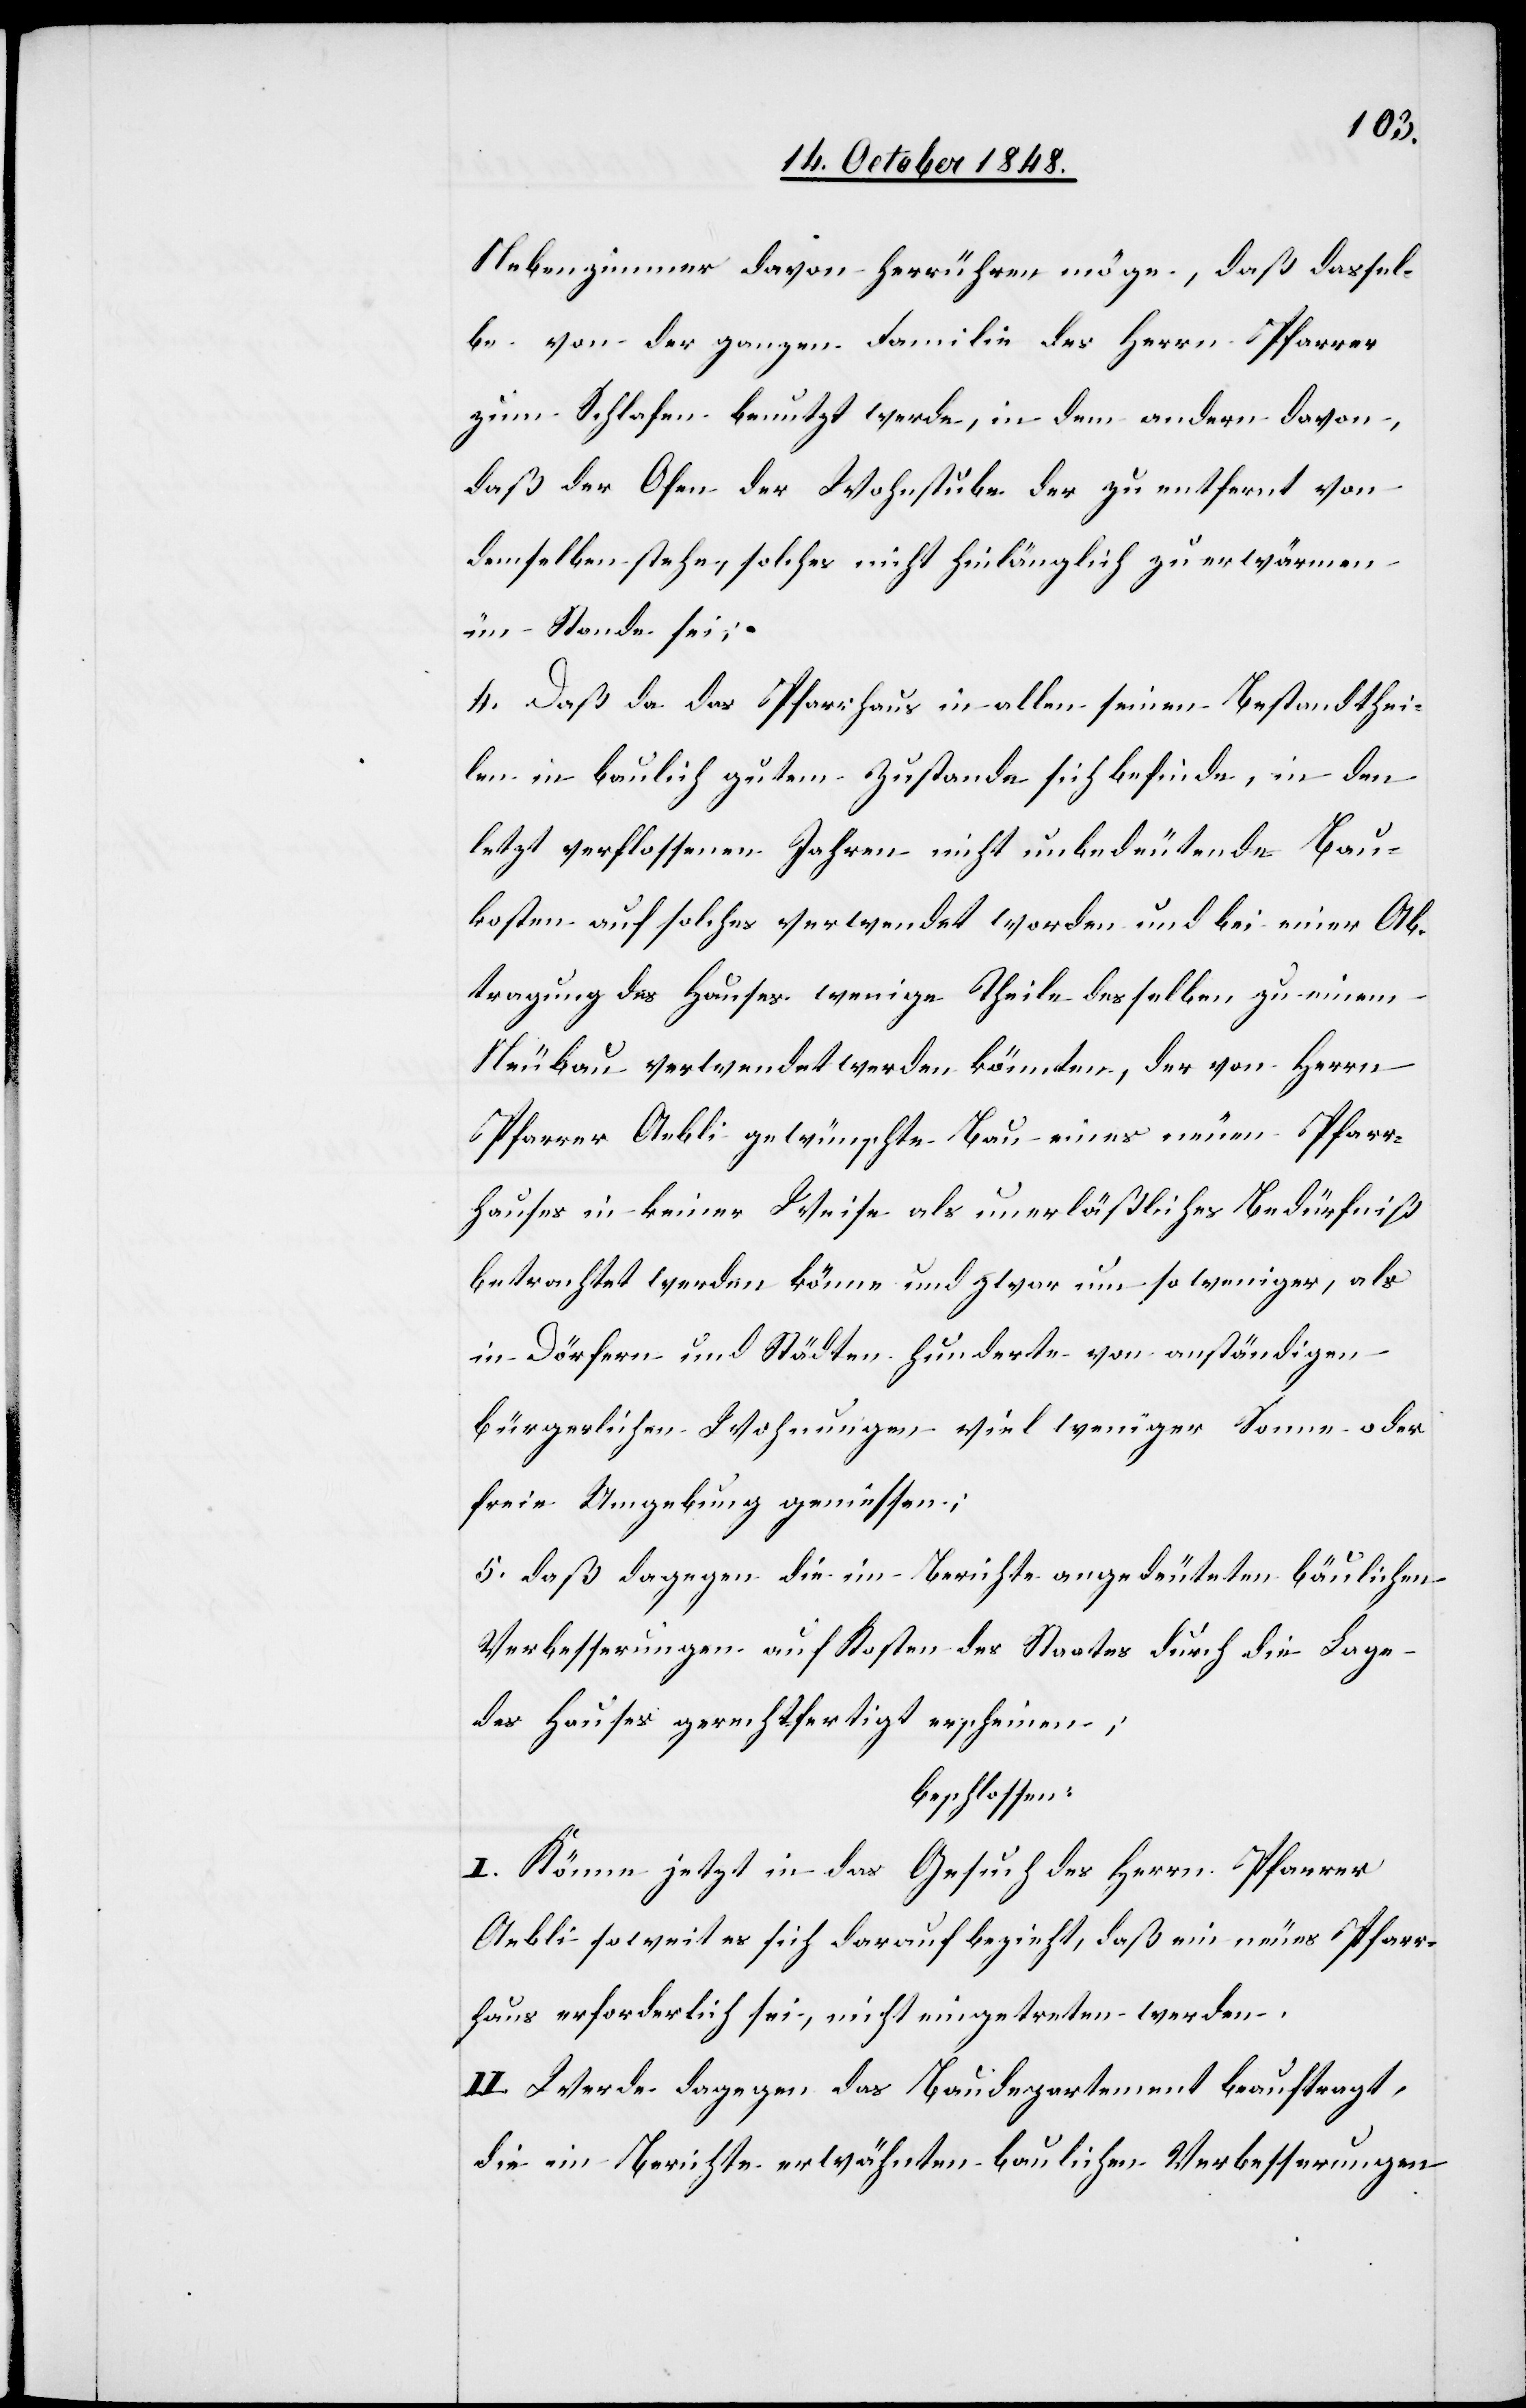
Nebenzimmer davon herrühren möge, daß dassel¬
be von der ganzen Familie des Herrn Pfarrer
zum Schlafen benutzt werde, in dem andern davon,
daß der Ofen der Wohnstube der zu entfernt von
demselben stehe, solches nicht hinlänglich zu erwärmen
im Stande sei;
4. Daß da das Pfarrhaus in allen seinen Bestandthei¬
len in baulich gutem Zustande sich befinde, in den
letzt verflossenen Jahren nicht unbedeutende Bau¬
koten auf solches verwendet worden und bei einer Ab¬
tragung des Hauses wenige Theile desselben zu einem
Neubau verwendet werden könnten, der von Herrn
Pfarrer Aebli gewünschte Bau eines neuen Pfarr¬
hauses in keiner Weise als unerläßliches Bedürfniß
betrachtet werden könne und zwar um so weniger, als
in Dörfern und Städten hunderte von anständigen
bürgerlichen Wohnungen viel weniger Sonne oder
freie Umgebung geniessen;
5. daß dagegen die im Berichte angedeuteten bäulichen
Verbesserungen auf Kosten des Staates durch die Lage
des Hauses gerechtfertigt erscheinen;
beschlossen:
I. Könne jetzt in das Gesuch des Herrn Pfarrer
Aebli soweit es sich darauf bezieht, daß ein neues Pfarr¬
haus erforderlich sei, nicht eingetreten werden.
II. Werde dagegen das Baudepartement beauftragt,
die im Berichte erwähnten baulichen Verbesserungen